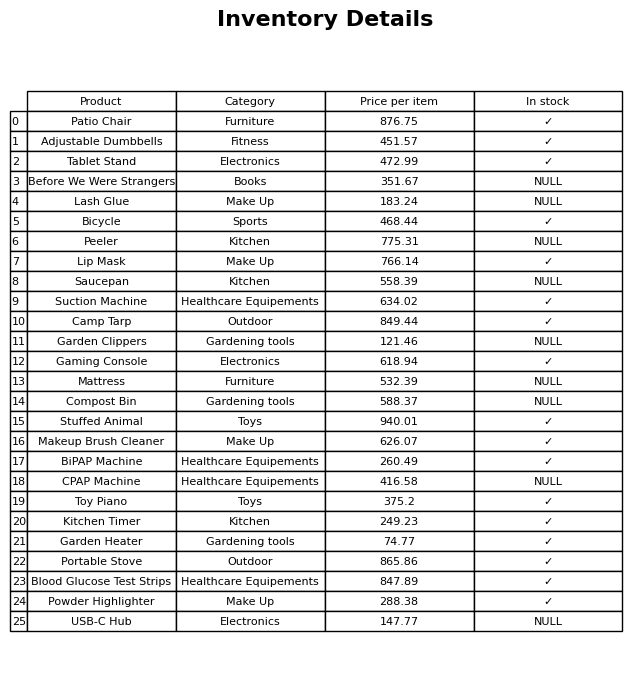
question: What is the stock status of the Garden Heater?
answer: ✓